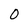
Character: 0